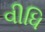
વીધિ